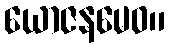
ယောဇနမေဝ။